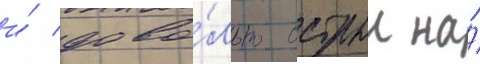
и́ дово́льно острыи на́